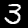
Digit: 3